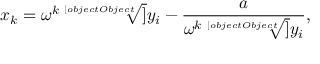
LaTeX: x _ { k } = \omega ^ { k } { \sqrt [ [object Object] ] { y _ { i } } } - { \frac { a } { \omega ^ { k } { \sqrt [ [object Object] ] { y _ { i } } } } } ,